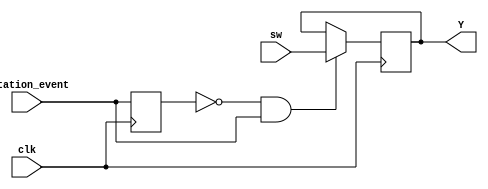
`timescale 1ns / 1ps
//////////////////////////////////////////////////////////////////////////////////
// Company: 
// Engineer: 
// 
// Design Name: 
// Module Name:    input_interface 
// Project Name: 
// Target Devices: 
// Tool versions: 
// Description: 
//
// Dependencies: 
//
// Revision: 
// Revision 0.01 - File Created
// Additional Comments: Authored by Mainak Chaudhuri
//
//////////////////////////////////////////////////////////////////////////////////
module input_interface(clk, rotation_event, sw, Y
    );

   input clk, rotation_event;
	input [1:0] sw;
	
	output [1:0] Y;
	
	reg [1:0] Y;
	
	reg prev_rotation_event;
	
	initial begin
	   	prev_rotation_event = 1;
		Y = 0;
	end
	
	always @ (posedge clk) begin
	   	if ((prev_rotation_event == 0) && (rotation_event == 1)) begin
			Y <= sw;
		end
		prev_rotation_event <= rotation_event;
	end

endmodule